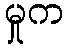
မှုက